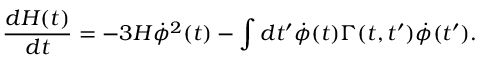
\frac { d { \cal H } ( t ) } { d t } = - 3 H { \dot { \phi } } ^ { 2 } ( t ) - \int d t ^ { \prime } { \dot { \phi } } ( t ) \Gamma ( t , t ^ { \prime } ) { \dot { \phi } } ( t ^ { \prime } ) .